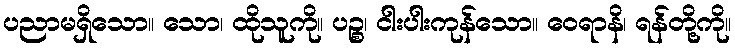
ပညာမရှိသော။ သော၊ ထိုသူကို။ ပဉ္စ၊ ငါးပါးကုန်သော။ ဝေရာနိ၊ ရန်တို့ကို။